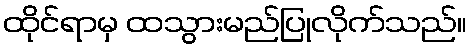
ထိုင်ရာမှ ထသွားမည်ပြုလိုက်သည်။